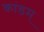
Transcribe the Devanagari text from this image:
कांडम्